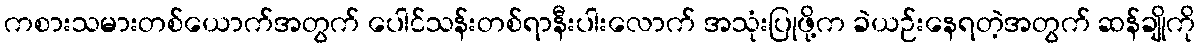
ကစားသမားတစ်ယောက်အတွက် ပေါင်သန်းတစ်ရာနီးပါးလောက် အသုံးပြုဖို့က ခဲယဉ်းနေရတဲ့အတွက် ဆန်ချိုကို